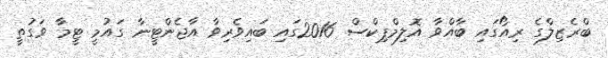
ބްރެޒިލްގެ ރިއޯގައި ބާއްވާ އޮލިމްޕިކްސް 2016ގައި ބައިވެރިވާ އާޖެންޓީނާ ގައުމީ ޓީމާ ވަގުތީ